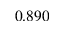
0 . 8 9 0